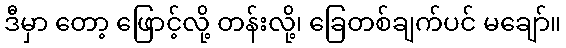
ဒီမှာ တော့ ဖြောင့်လို့ တန်းလို့၊ ခြေတစ်ချက်ပင် မချော်။